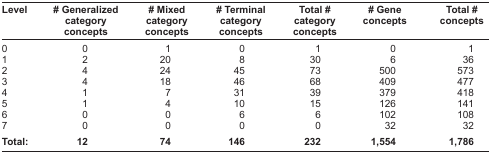
<table><thead><tr><td><b>Level</b></td><td><b># Generalized category concepts</b></td><td><b># Mixed category concepts</b></td><td><b># Terminal category concepts</b></td><td><b>Total # category concepts</b></td><td><b># Gene concepts</b></td><td><b>Total # concepts</b></td></tr></thead><tbody><tr><td>0</td><td>0</td><td>1</td><td>0</td><td>1</td><td>0</td><td>1</td></tr><tr><td>1</td><td>2</td><td>20</td><td>8</td><td>30</td><td>6</td><td>36</td></tr><tr><td>2</td><td>4</td><td>24</td><td>45</td><td>73</td><td>500</td><td>573</td></tr><tr><td>3</td><td>4</td><td>18</td><td>46</td><td>68</td><td>409</td><td>477</td></tr><tr><td>4</td><td>1</td><td>7</td><td>31</td><td>39</td><td>379</td><td>418</td></tr><tr><td>5</td><td>1</td><td>4</td><td>10</td><td>15</td><td>126</td><td>141</td></tr><tr><td>6</td><td>0</td><td>0</td><td>6</td><td>6</td><td>102</td><td>108</td></tr><tr><td>7</td><td>0</td><td>0</td><td>0</td><td>0</td><td>32</td><td>32</td></tr><tr><td><b>Total:</b></td><td><b>12</b></td><td><b>74</b></td><td><b>146</b></td><td><b>232</b></td><td><b>1,554</b></td><td><b>1,786</b></td></tr></tbody></table>